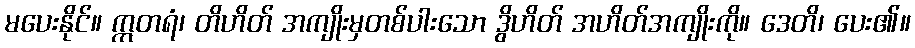
မပေးနိုင်။ ဣတရံ၊ တိဟိတ် အကျိုးမှတစ်ပါးသော ဒွိဟိတ် အဟိတ်အကျိုးကို။ ဒေတိ၊ ပေး၏။